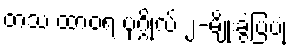
တသ ထာဝရ ပုဂ္ဂိုလ် ၂-မျိုးခွဲပြပုံ